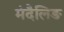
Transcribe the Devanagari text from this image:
मंदैलिङ